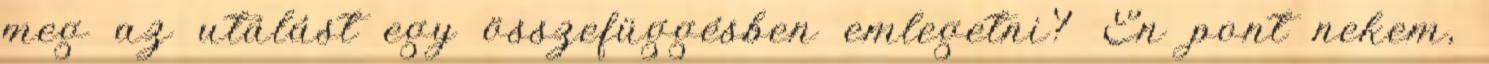
meg az utálást egy összefüggésben emlegetni? Én pont nekem,